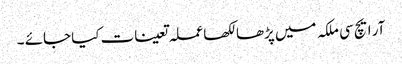
آر ایچ سی ملکہ میں پڑھا لکھا عملہ تعینات کیا جائے ۔